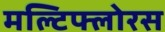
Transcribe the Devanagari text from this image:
मल्टिफ्लोरस